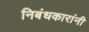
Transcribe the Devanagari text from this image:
निबंधकारांनी